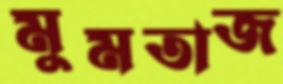
মুমতাজ